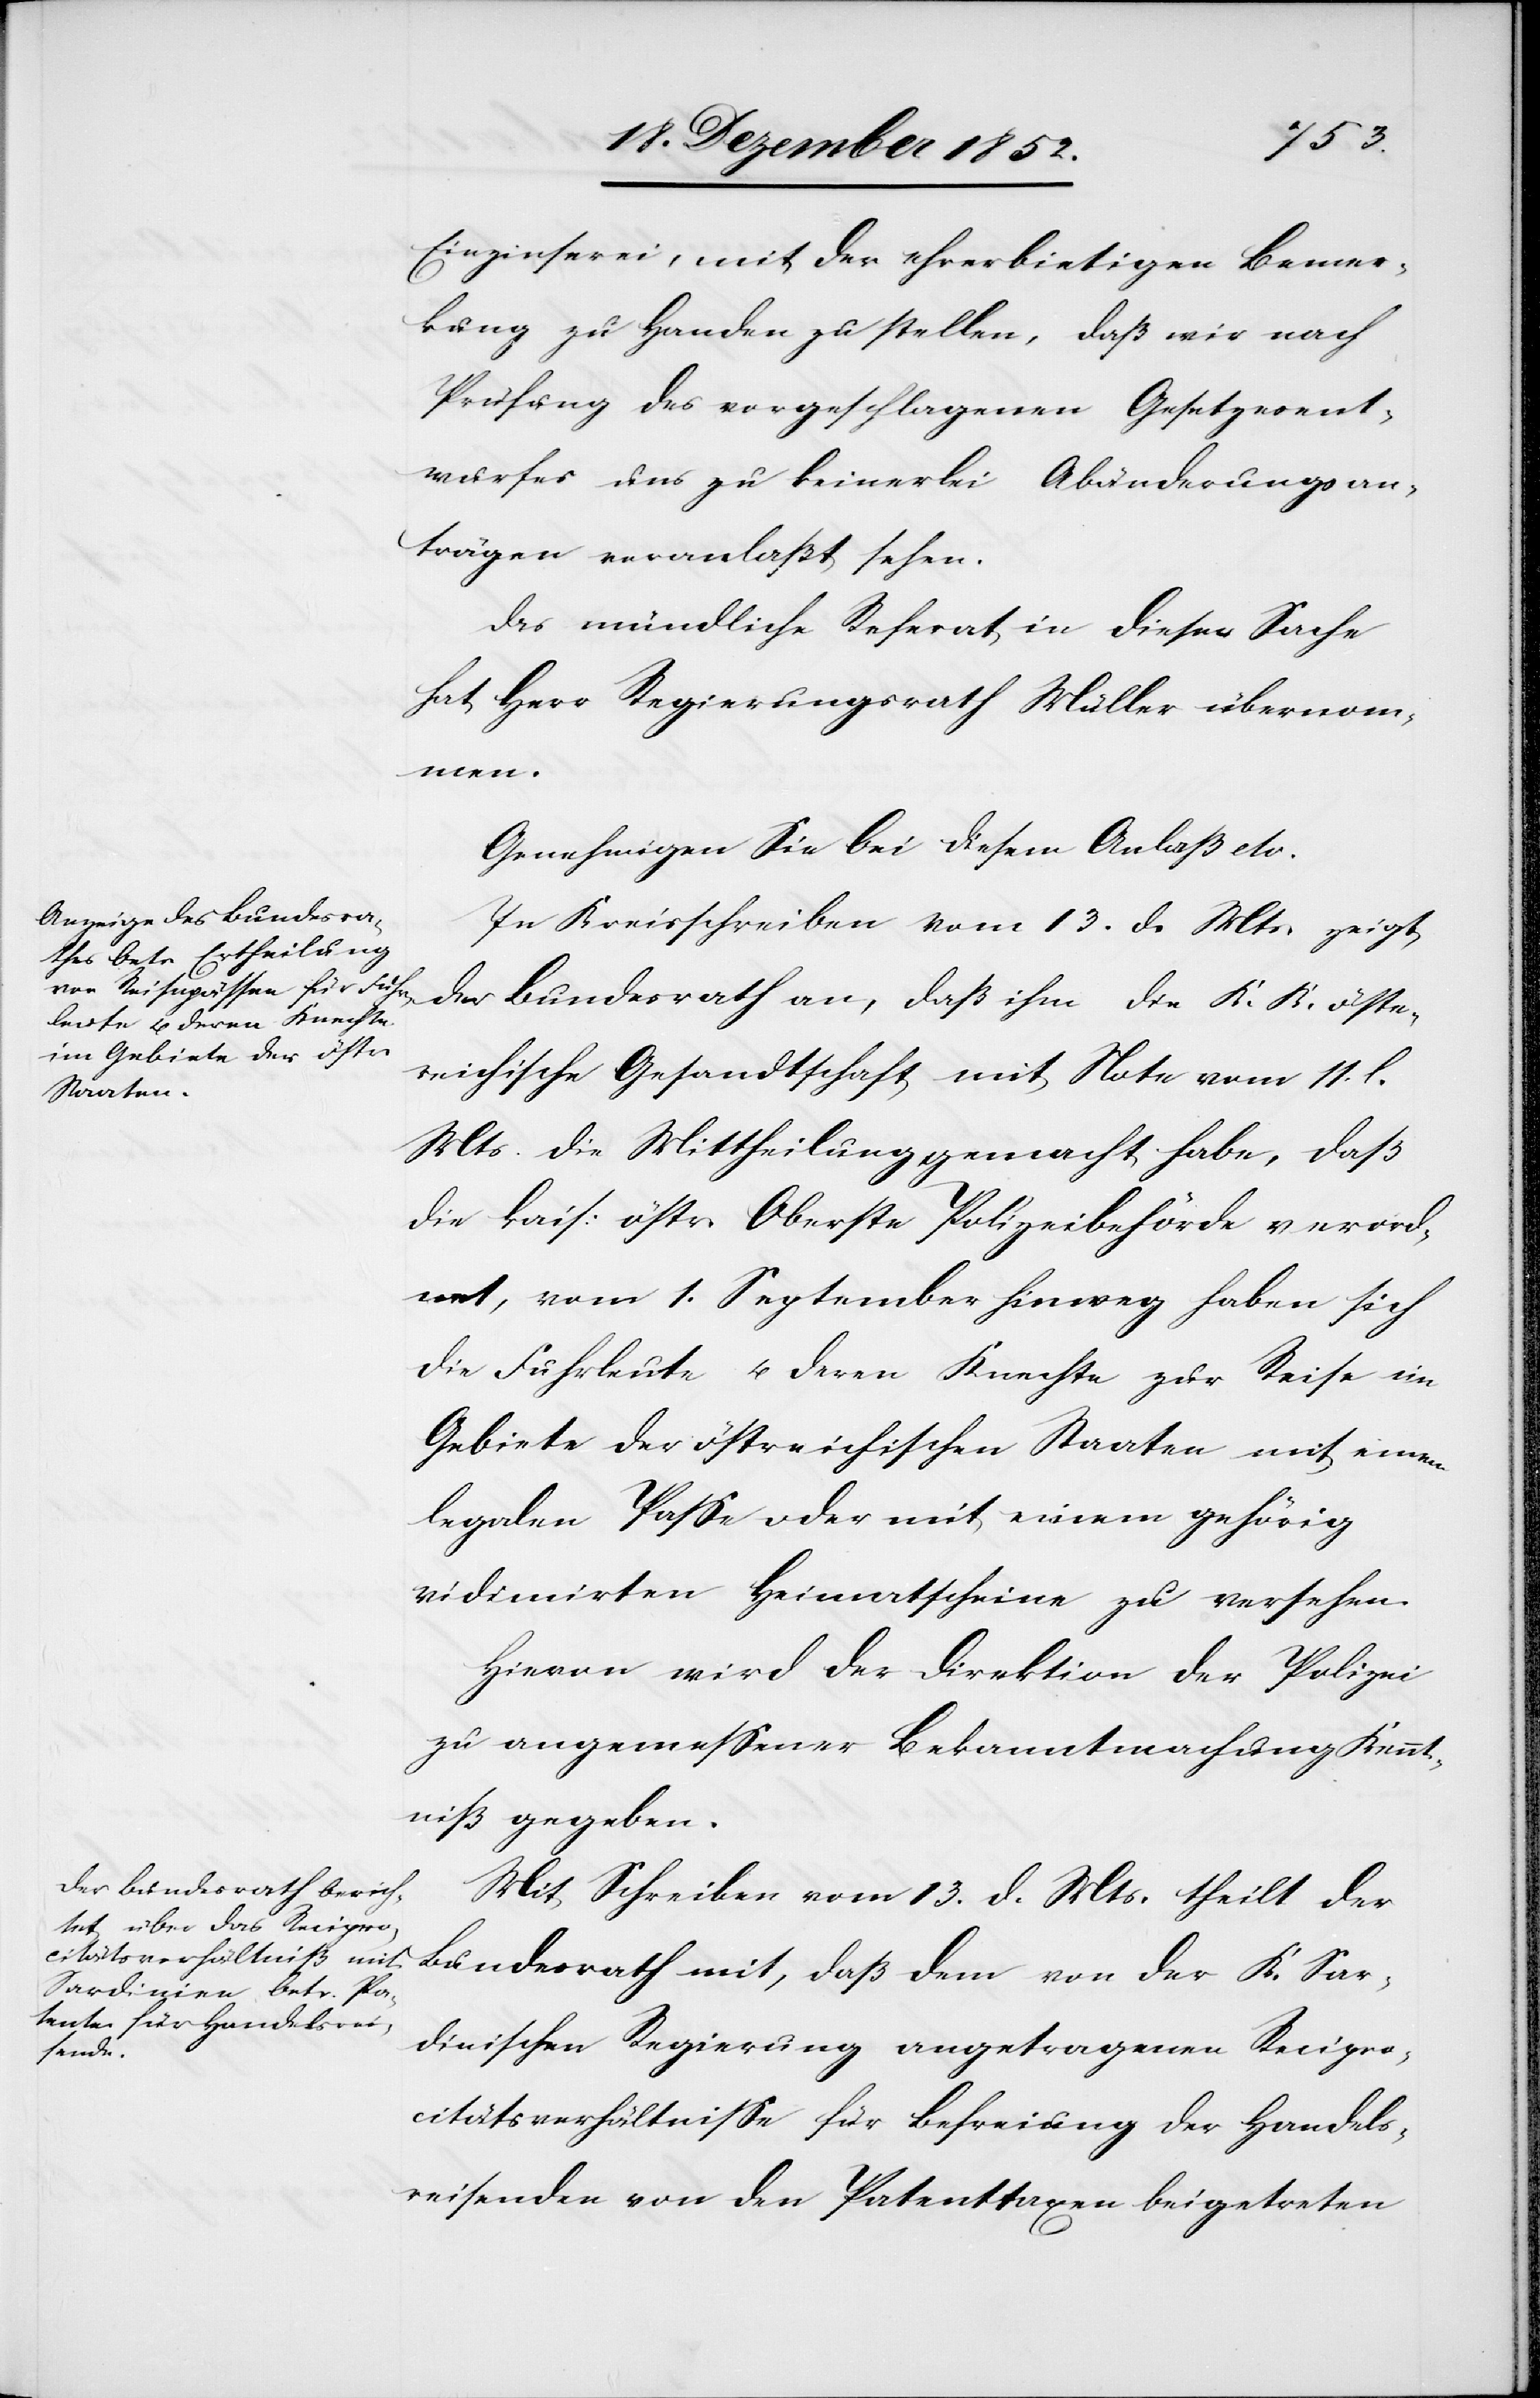
Einzinserei, mit der ehrerbietigen Bemer¬
kung zu Handen zu stellen, daß wir nach
Prüfung des vorgeschlagenen Gesetzesent¬
wurfes uns zu keinerlei Abänderungsan¬
trägen veranlaßt sehen.
Das mündliche Referat in dieser Sache
hat Herr Regierungsrath Müller übernom¬
men.
Genehmigen Sie bei diesem Anlaß etc.
In Kreisschreiben vom 13. d. Mts. zeigt
der Bundesrath an, daß ihm die K. K. öste¬
reichische Gesandtschaft mit Note vom 11. l.
Mts. die Mittheilung gemacht habe, daß
die kais: östr. Oberste Polizeibehörde verord¬
net, vom 1. September hinweg haben sich
die Fuhrleute u. deren Knechte zur Reise im
Gebiete der östreichischen Staaten mit einem
legalen Passe oder mit einem gehörig
vidimirten Heimatscheine zu versehen.
Hievon wird der Direktion der Polizei
zu angemessener Bekanntmachung Kennt¬
niß gegeben.
Mit Schreiben vom 13. d. Mts. theilt der
Bundesrath mit, daß dem von der K. Sar¬
dinischen Regierung angetragenen Recipro¬
citätsverhältnisse für Befreiung der Handels¬
reisenden von den Patenttaxen beigetreten